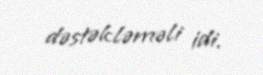
dəstəkləməli idi.